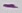
Text: -